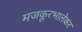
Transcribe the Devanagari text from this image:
मजकूरभालेकर